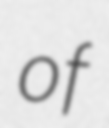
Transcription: of